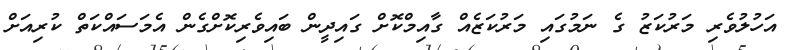
އަހުލުވެރި މަރުކަޒު ގެ ނަމުގައި މަރުކަޒެއް ގާއިމްކޮށް ގައިދީން ބައިވެރިކޮށްގެން އެމަސައްކަތް ކުރިއަށް